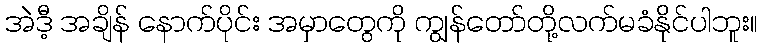
အဲဒီ့ အချိန် နောက်ပိုင်း အမှာတွေကို ကျွန်တော်တို့လက်မခံနိုင်ပါဘူး။